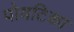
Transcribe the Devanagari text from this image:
पोयटिका